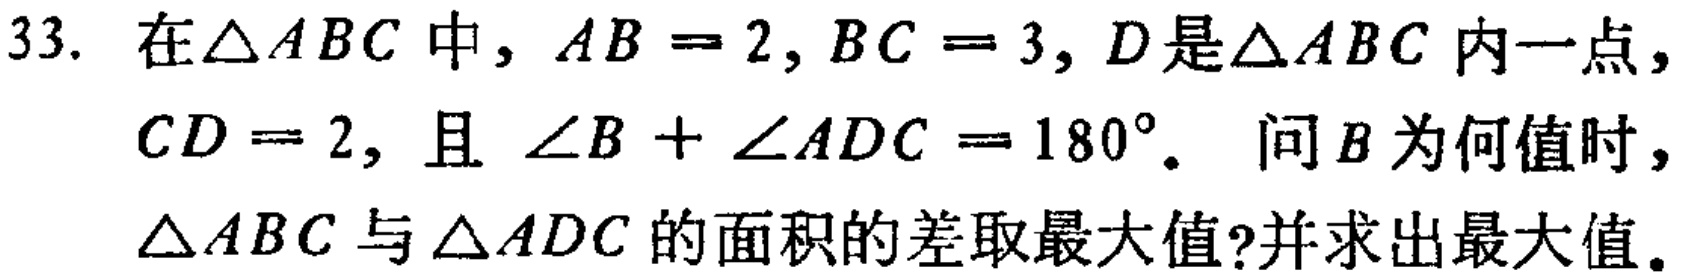
33. 在$\triangle ABC$中，$AB = 2,BC = 3$，$D$是$\triangle ABC$内一点，$CD = 2$，且 $\angle B+\angle ADC = 180^{\circ}$。问$B$为何值时，$\triangle ABC$与$\triangle ADC$的面积的差取最大值?并求出最大值。